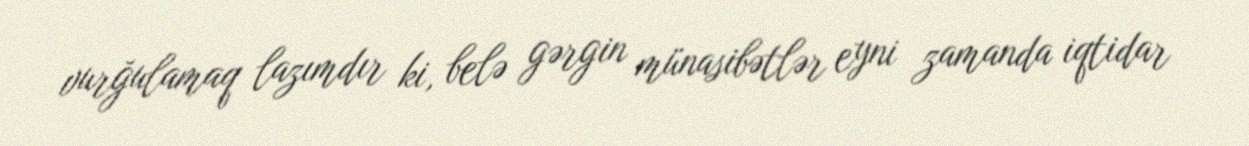
vurğulamaq lazımdır ki, belə gərgin münasibətlər eyni zamanda iqtidar